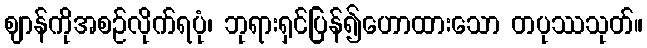
ဈာန်ကိုအစဉ်လိုက်ရပုံ၊ ဘုရားရှင်ပြန်၍ဟောထားသော တပုဿသုတ်။